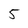
Character: 5